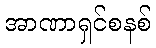
အာဏာရှင်စနစ်